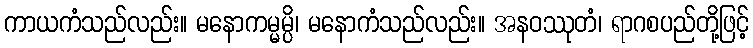
ကာယကံသည်လည်း။ မနောကမ္မမ္ပိ၊ မနောကံသည်လည်း။ အနဝဿုတံ၊ ရာဂစပည်တို့ဖြင့်